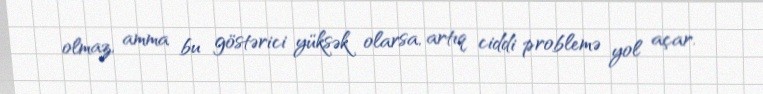
olmaz, amma bu göstərici yüksək olarsa, artıq ciddi problemə yol açar.